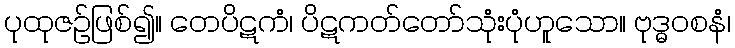
ပုထုဇဉ်ဖြစ်၍။ တေပိဋကံ၊ ပိဋကတ်တော်သုံးပုံဟူသော။ ဗုဒ္ဓဝစနံ၊